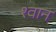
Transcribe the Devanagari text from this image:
श्‍वान